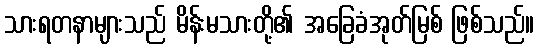
သားရတနာများသည် မိန်းမသားတို့၏ အခြေခံအုတ်မြစ် ဖြစ်သည်။